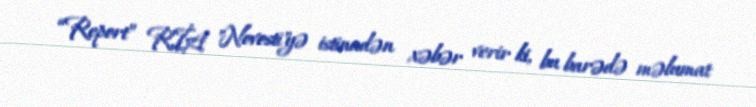
“Report” RİA "Novosti"yə istinadən xəbər verir ki, bu barədə məlumat